画像に写った文字を読んでください
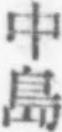
「中島」と書いてあります